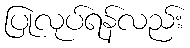
ပြုလုပ်ရန်လည်း